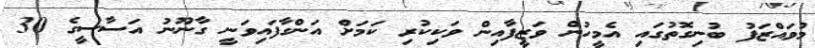
މުވައްޒަފު ބުނިގޮތުގައި އެމީހުން ވަޒީފާއިން ވަކިކުރި ކަމަށް އަންގާފައިވަނީ ގާނޫނު އަސާސީގެ 30